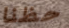
حظنا